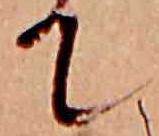
て